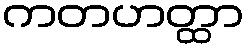
ကတဟတ္ထာ